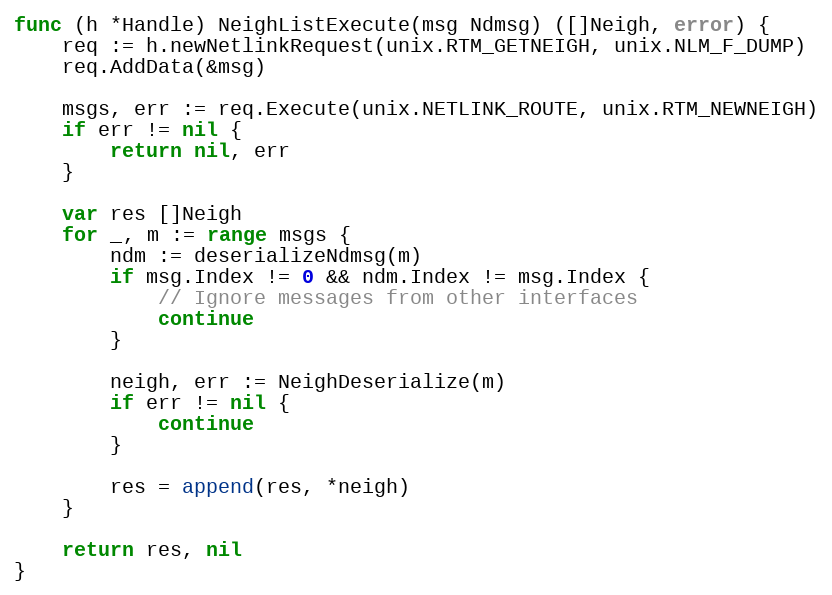
Language: Go
func (h *Handle) NeighListExecute(msg Ndmsg) ([]Neigh, error) {
	req := h.newNetlinkRequest(unix.RTM_GETNEIGH, unix.NLM_F_DUMP)
	req.AddData(&msg)

	msgs, err := req.Execute(unix.NETLINK_ROUTE, unix.RTM_NEWNEIGH)
	if err != nil {
		return nil, err
	}

	var res []Neigh
	for _, m := range msgs {
		ndm := deserializeNdmsg(m)
		if msg.Index != 0 && ndm.Index != msg.Index {
			// Ignore messages from other interfaces
			continue
		}

		neigh, err := NeighDeserialize(m)
		if err != nil {
			continue
		}

		res = append(res, *neigh)
	}

	return res, nil
}